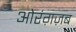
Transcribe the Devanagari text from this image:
ओरंग़ज़ब